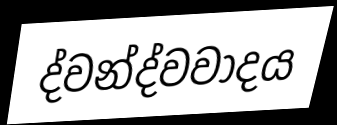
ද්වන්ද්වවාදය